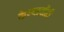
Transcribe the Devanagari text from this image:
केल्याचीही